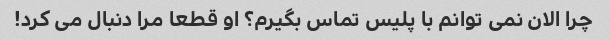
چرا الان نمی توانم با پلیس تماس بگیرم؟ او قطعا مرا دنبال می کرد!